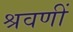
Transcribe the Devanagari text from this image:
श्रवणीं